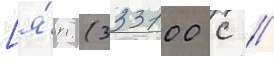
[я́п. (333100 с //